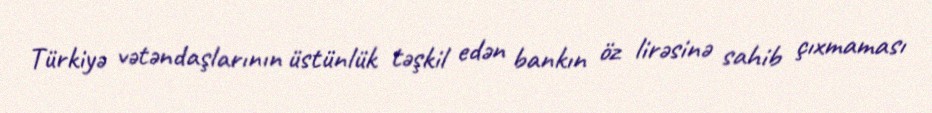
Türkiyə vətəndaşlarının üstünlük təşkil edən bankın öz lirəsinə sahib çıxmaması